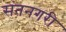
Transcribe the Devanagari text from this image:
संतनगरी